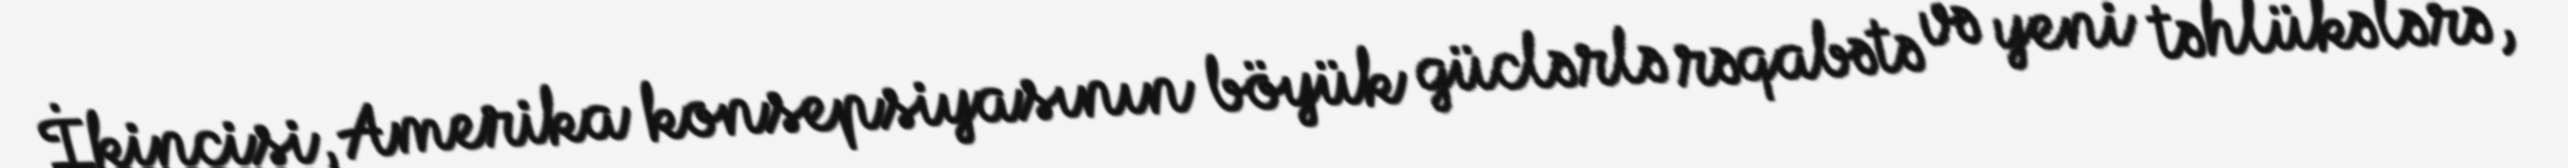
İkincisi, Amerika konsepsiyasının böyük güclərlə rəqabətə və yeni təhlükələrə,